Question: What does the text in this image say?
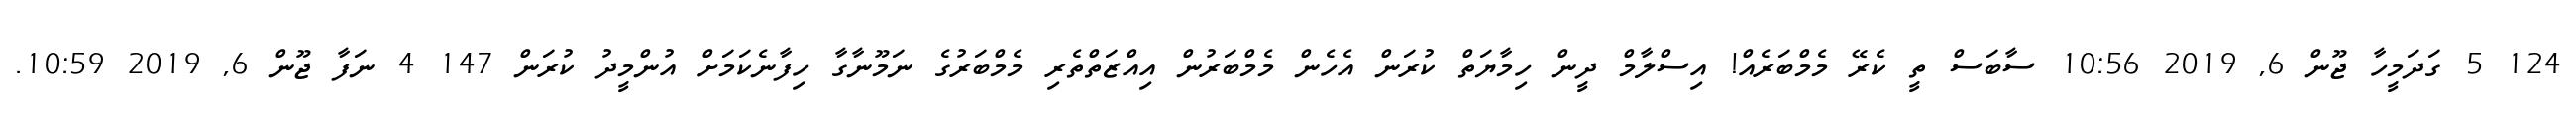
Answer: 124 5 ގަދަމީހާ ޖޫން 6, 2019 10:56 ސާބަސް ތީ ކެރޭ މެމްބަރެއް! އިސްލާމް ދީން ހިމާޔަތް ކުރަން އެހެން މެމްބަރުން އިއްޒަތްތެރި މެމްބަރުގެ ނަމޫނާގާ ހިފާނެކަމަށް އުންމީދު ކުރަން 147 4 ނަފާ ޖޫން 6, 2019 10:59.